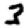
Digit: 3